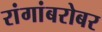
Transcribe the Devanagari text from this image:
रांगांबरोबर